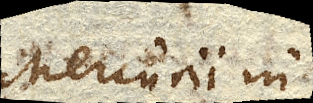
Mercurii in